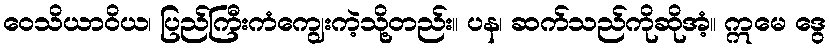
ဝေသိယာဝိယ၊ ပြည်ကြီးကံကျွေးကဲ့သို့တည်း။ ပန၊ ဆက်သည်ကိုဆိုအံ့။ ဣမေ ဒွေ